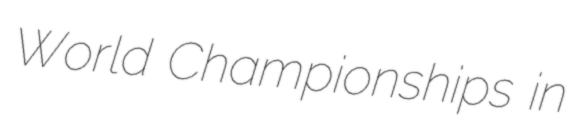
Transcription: World Championships in